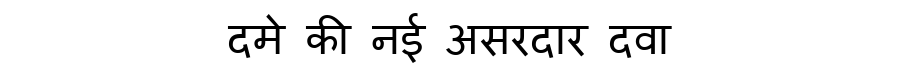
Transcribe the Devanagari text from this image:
दमे की नई असरदार दवा